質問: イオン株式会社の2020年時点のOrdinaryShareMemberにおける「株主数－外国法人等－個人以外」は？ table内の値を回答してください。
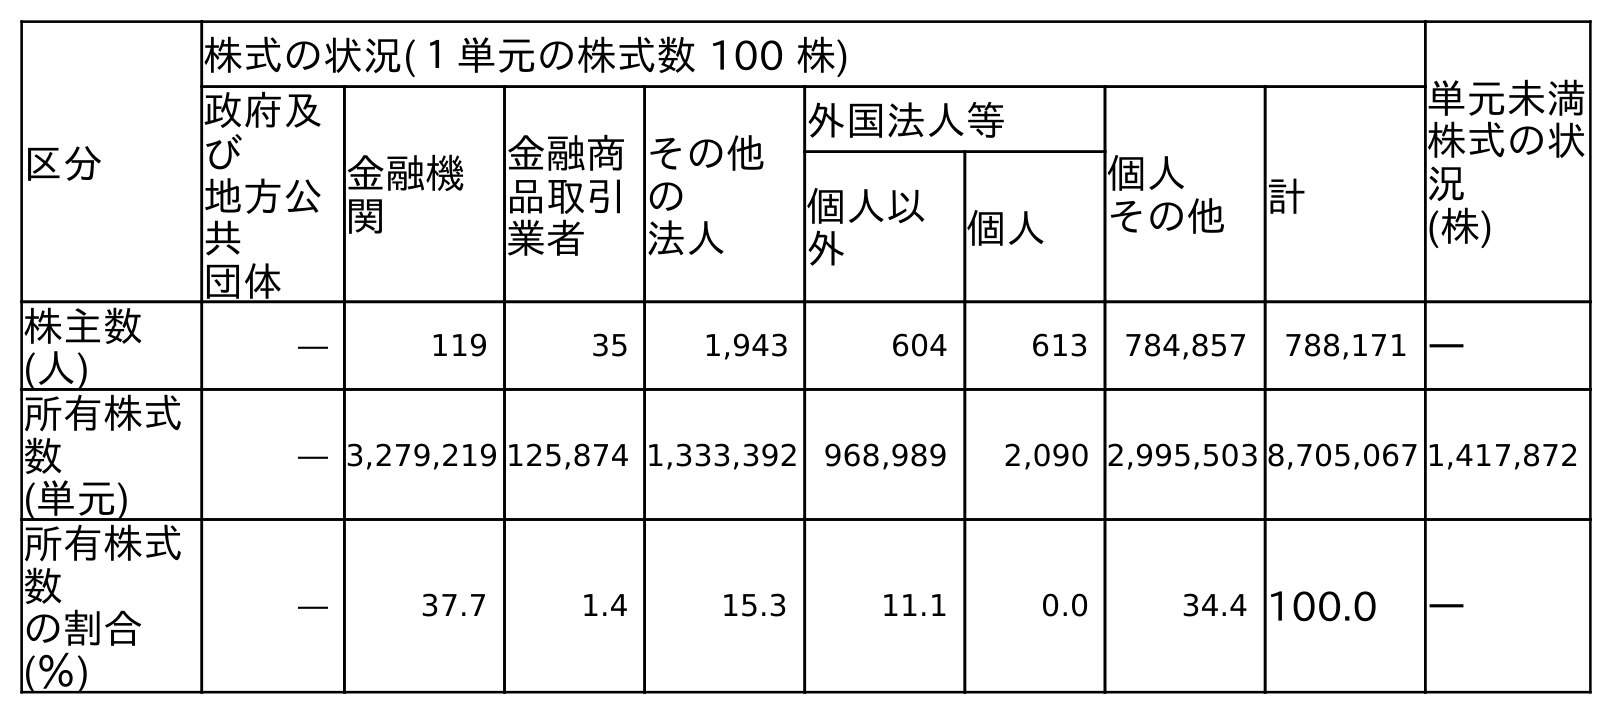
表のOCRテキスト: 区分 株式の状況(１単元の株式数 100 株) 単元未満 株式の状 況 (株) 政府及 び 地方公 共 団体 金融機 関 金融商 品取引 業者 その他 の 法人 外国法人等 個人 その他 計 個人以 外 個人 株主数 (人) ― 119 35 1,943 604 613 784,857 788,171 ― 所有株式 数 (単元) ― 3,279,219 125,874 1,333,392 968,989 2,090 2,995,503 8,705,067 1,417,872 所有株式 数 の割合 (％) ― 37.7 1.4 15.3 11.1 0.0 34.4 100.0 ―
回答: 604